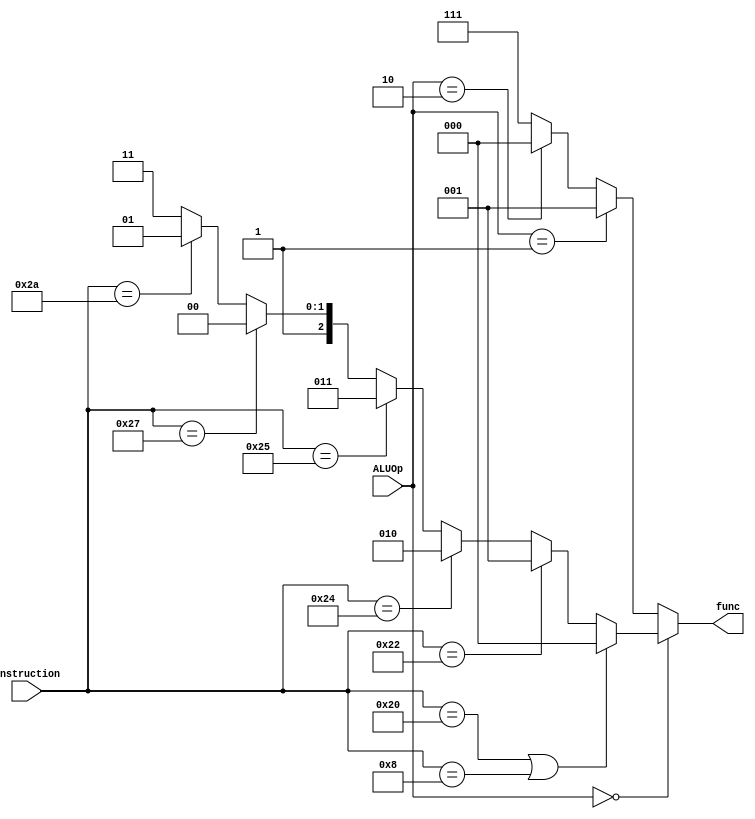
`timescale 1ns / 1ns

module ALU_control(
	 input [5:0] instruction,
	 input [1:0] ALUOp,
	 output reg [2:0] func
    );

 always @(*) begin
	if (ALUOp == 2'b00) begin  //R type
		if (instruction == 6'h20 || instruction == 6'h08) 
		func = 3'd0;
		else if (instruction == 6'h22)
		func = 3'd1;
		else if (instruction == 6'h24)
		func = 3'd2;
		else if (instruction == 6'h25)
		func = 3'd3;
		else if (instruction == 6'h27)    
		func = 3'd4;
		else if (instruction == 6'h2A) //SLT
		func = 3'd5;
		else
		func = 3'd7;
	end else if (ALUOp == 2'b01) begin //BRANCH 
		func = 3'd1;
	end else if (ALUOp == 2'b10) begin //SW & LW
		func = 3'd0;
    //end else if (ALUOp == 2'b11) begin //IMMEDIATE
    //    func = 3'd0;
	end else begin
		func = 3'd7;
	end
   end
    

endmodule